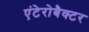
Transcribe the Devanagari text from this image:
एंटेरोबैक्टर